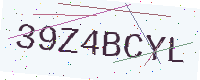
Text: 39Z4BCYL